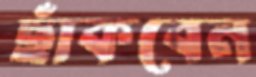
ছাঁকবেন